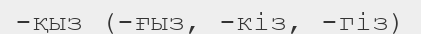
-қыз (-ғыз, -кіз, -гіз)